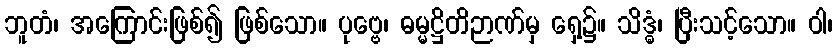
ဘူတံ၊ အကြောင်းဖြစ်၍ ဖြစ်သော။ ပုဗ္ဗေ၊ ဓမ္မဋ္ဌိတိဉာဏ်မှ ရှေ့၌။ သိဒ္ဓံ၊ ပြီးသင့်သော။ ဝါ၊